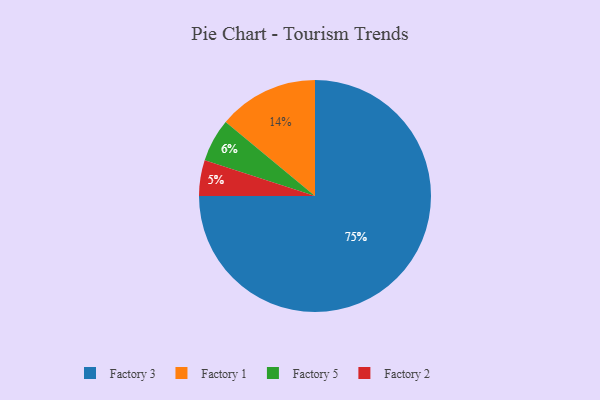
{"axis": {"x": "Category", "y": "Percentage"}, "legend": ["Factory 1", "Factory 2", "Factory 3", "Factory 5"], "data": [{"x": "Factory 3", "y": 75, "type": "Factory 3"}, {"x": "Factory 5", "y": 6, "type": "Factory 5"}, {"x": "Factory 1", "y": 14, "type": "Factory 1"}, {"x": "Factory 2", "y": 5, "type": "Factory 2"}]}